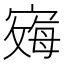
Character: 𪧞